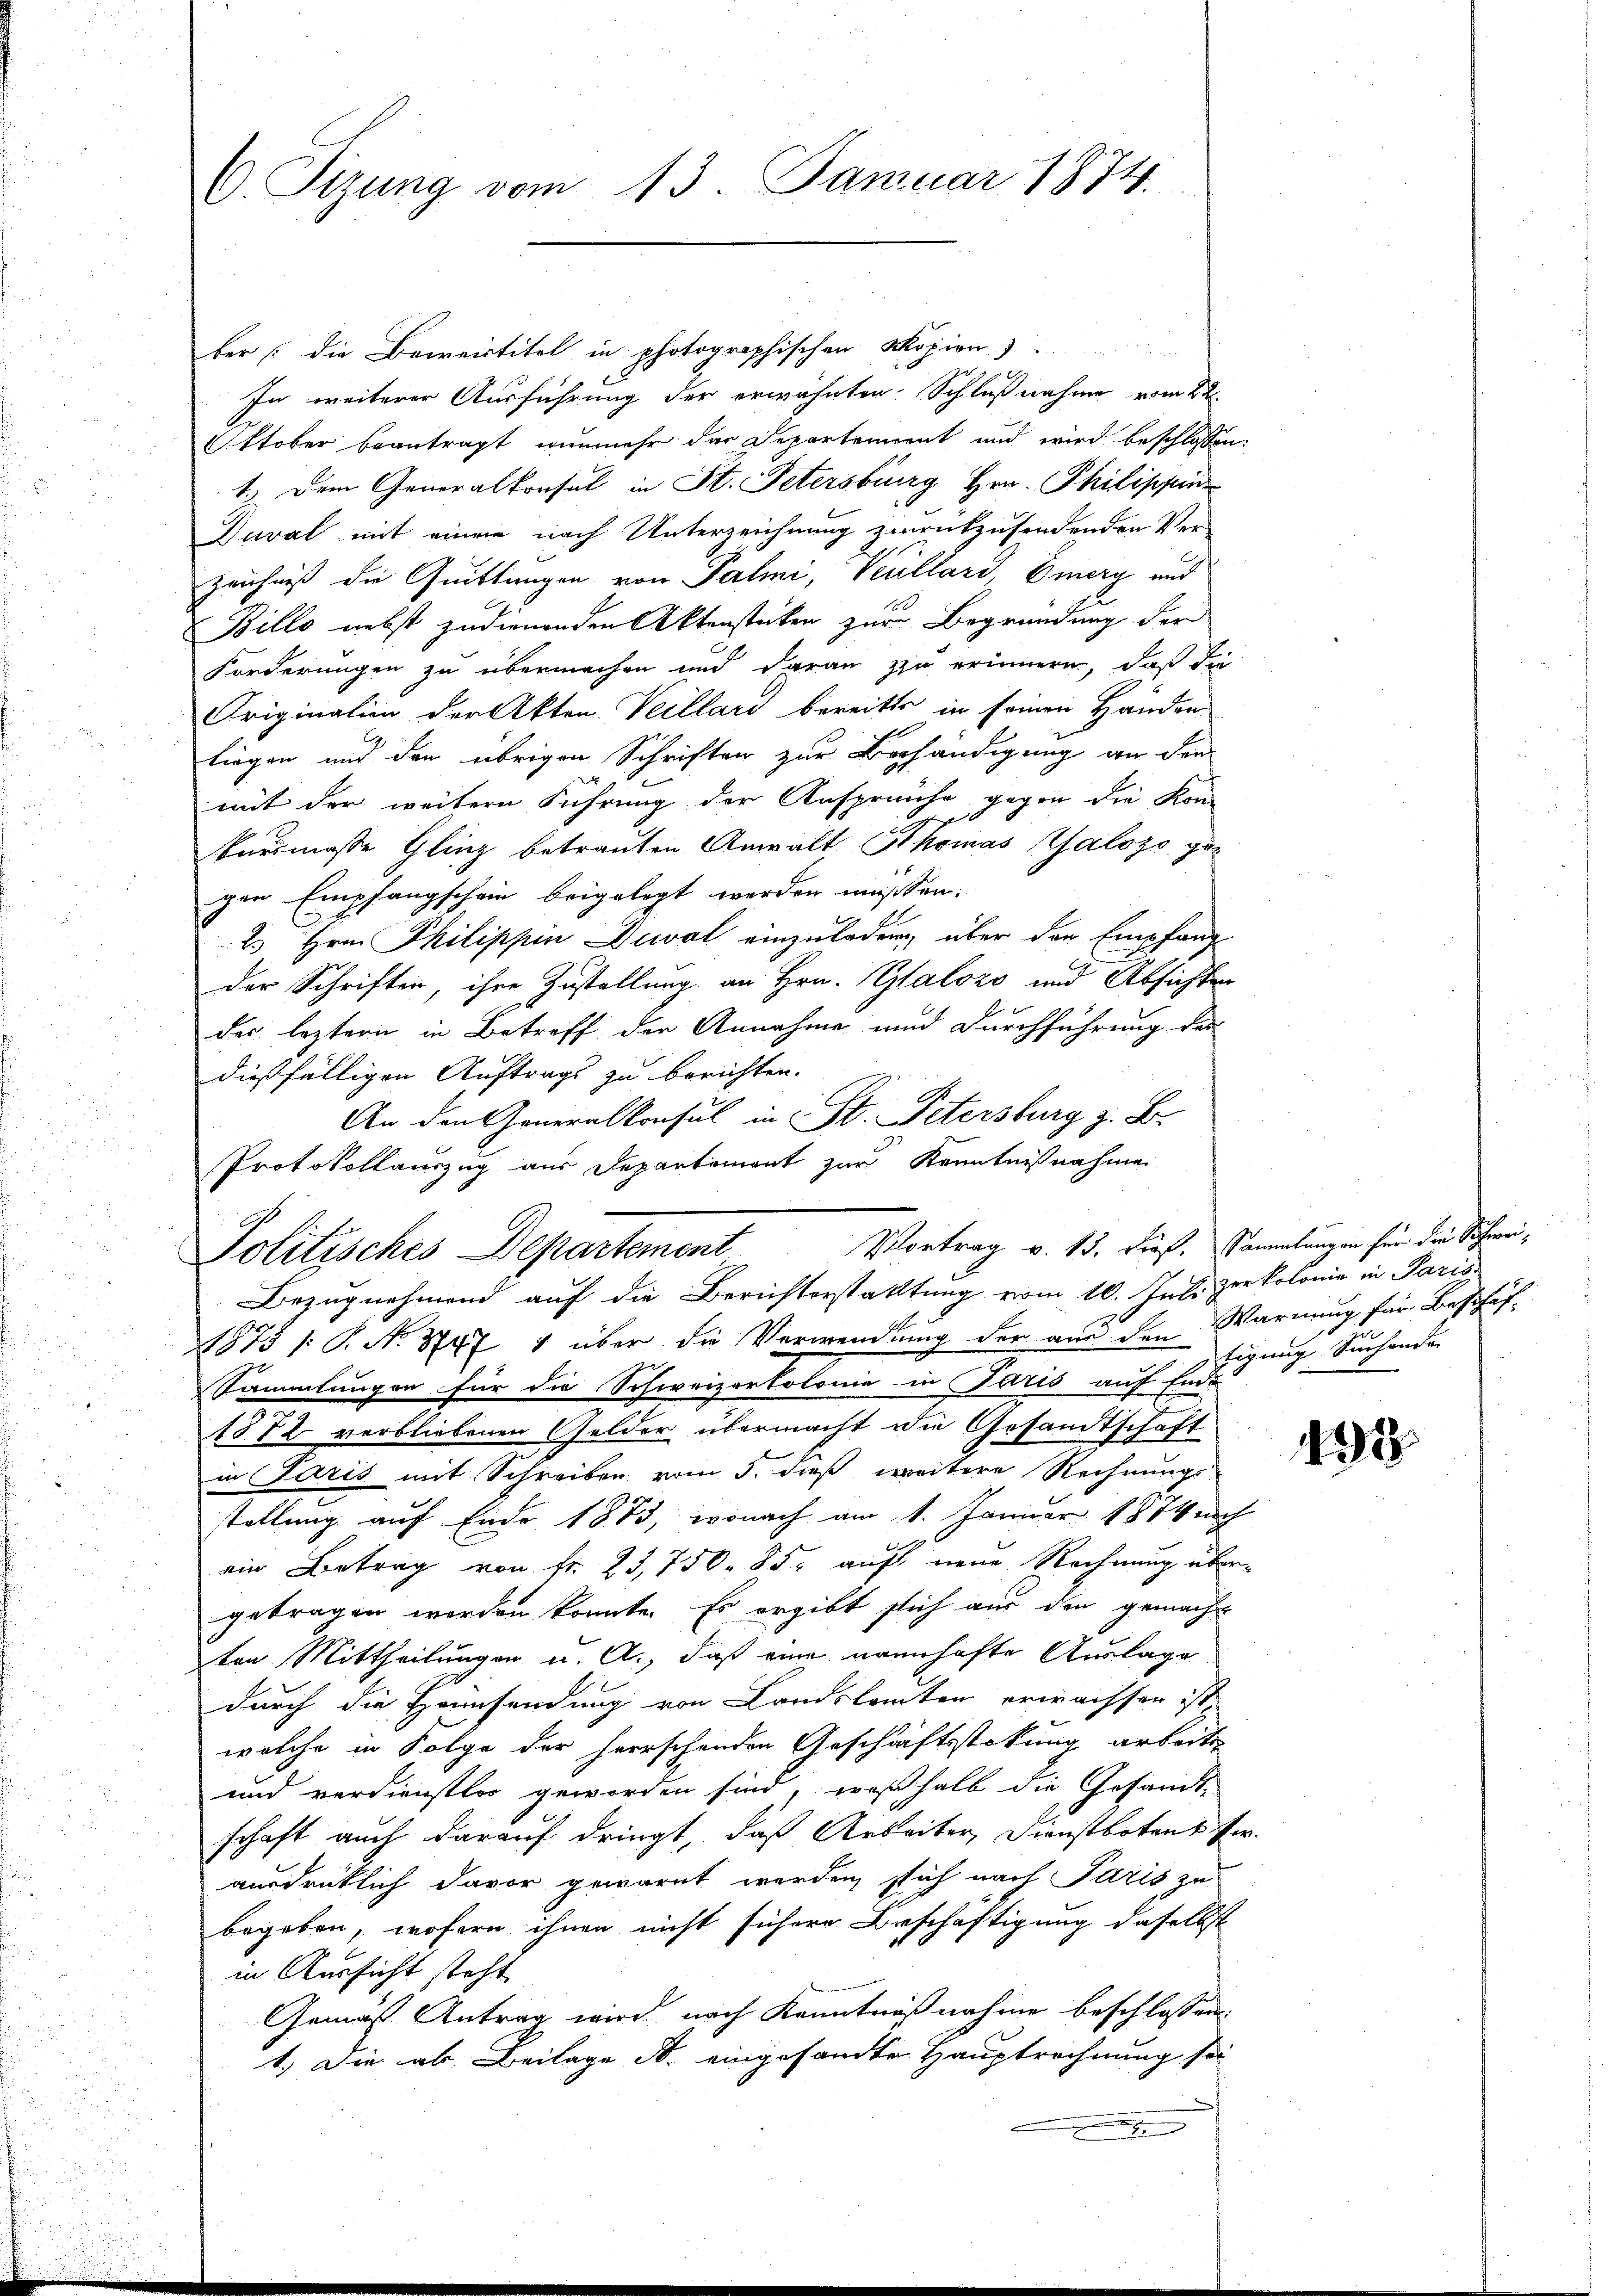
C. Sizung vom 13. Januar 1874.

ber die Beweistitel in photographischen Möpion
In weiterer Ausführung der erwähnten Schlußnahme vom 22.
Oktober beantragt nunmehr das Departement und wird beschlossen:
1.) Dem Generalkonsul in St. Petersburg Hrn. Philippenz
Dural mit einem nach Unterzeichnung zurückzusendenden Ver-
zeichniß die Quittungen von Palmi, Villard, Omery und
Billo nebst zudienenden Aktenstücken zur Begründung der
Forderungen zu übermachen und daran zu erinnern, daß die
Origination der Akten Veillari bereits in seinen Händen
liegen und den übrigen Schriften zur Behändigung an den
mit der weitere Führung der Ansprüche gegen die Kon-
d
kursmasse Gliz betrauten Anwalt Thomas Talozo gegen Empfangschein beigelegt werden müssen.
2. Hrn. Philippin Dawal einzuladen, über den Empfang
der Schriften, ihre Zustellung an Hrn. Galors und Absichten
der leztern in Betreff der Annahme und Durchführung des
dießfälligen Auftrags zu berichten.
An den Generalkonsul in St. Petersburg z. B.
Protokollauszug aus Departement zur Kenntnißnahme
Politisches Departement
Bezugnehmend auf die Berichterstattung vom 10. Juli zerkolonie in Paris
1875 /: P. No 347 1 über die Verwendung der aus den Warnung für Beschäf¬
Sammlungen für die Schweizertolonie in Paris auf Ende
1872 verbliebenen Gelder übermacht die Gesandtschaft
in Paris mit Schreiben vom 5. dieß weitere Rechnungs-
stellung auf Ende 1883, wonach am 1. Januar 1874 nich
ein Betrag von fr. 23,750. 85. auf neue Rechnung übergetragen worden könnte. Es ergibt sich aus den gemacht
ten Mittheilungen u. A., daß eine nannhafte Auslage
durch die Hansendung von Landslamten erwachsen ist,
welche in Folge der herrschenden Geschäftsstokung arbeits
und verdienstlos geworden sind, weßhalb die Gesandt-
schaft auch darauf dringt, daß Arbeiter, Dienstbotens fr.
ausdrüklich davor gewarnt werden, sich nach Paris zu
begeben, wofern ihnen nicht sichere Beschäftigung daselbst
in Aussicht steht
Gemäß Antrag wird nach Kenntnißnahme beschlossen:
1.) Die als Beilage d. eingesandte Hauptrechnung sei

Vortrag v. 13. dieß. Sammlungen für die Schwei¬

tigung Suchenden

192